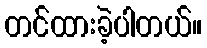
တင်ထားခဲ့ပါတယ်။